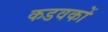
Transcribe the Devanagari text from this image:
कडवकों